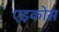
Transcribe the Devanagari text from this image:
एइकोस